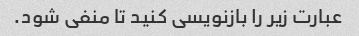
عبارت زیر را بازنویسی کنید تا منفی شود.